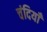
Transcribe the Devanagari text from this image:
चंदियाँ